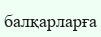
балқарларға